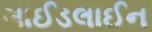
ગાઈડલાઈન